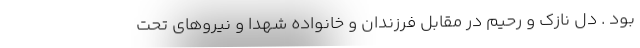
بود . دل نازک و رحیم در مقابل فرزندان و خانواده شهدا و نیروهای تحت